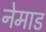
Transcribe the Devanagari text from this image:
नेमाड